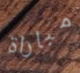
مباراة